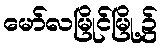
မော်လမြိုင်မြို့၌